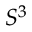
S ^ { 3 }